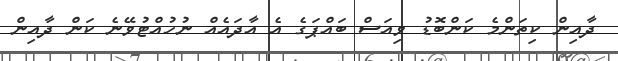
ދާއިން ކިތަންމެ ކަންބޮޑު ވިއަސް ބައްޕަގެ އެ އާދައެއް ނުހުއްޓުވޭނެ ކަން ދާއިން